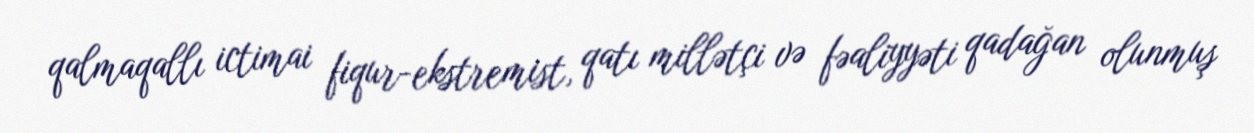
qalmaqallı ictimai fiqur-ekstremist, qatı millətçi və fəaliyyəti qadağan olunmuş